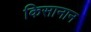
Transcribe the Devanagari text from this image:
किसानान